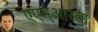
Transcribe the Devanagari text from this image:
एएम्‌आरला